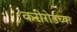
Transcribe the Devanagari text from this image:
करीरोडच्या